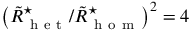
\left( \tilde { R } _ { \mathrm { ~ h ~ e ~ t ~ } } ^ { \star } / \tilde { R } _ { \mathrm { ~ h ~ o ~ m ~ } } ^ { \star } \right) ^ { 2 } = 4